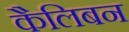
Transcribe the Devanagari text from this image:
कैलिबन